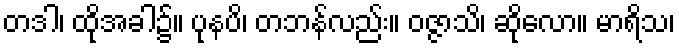
တဒါ၊ ထိုအခါ၌။ ပုနပိ၊ တဘန်လည်း။ ဝဇ္ဇာသိ၊ ဆိုလော။ မာရိသ၊